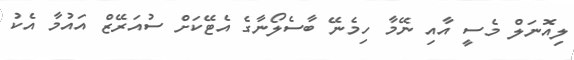
ލިއޮނަލް މެސީ އާއި ނޭމާ ހިމެނޭ ބާސެލޯނާގެ އެޓޭކަށް ސުއަރޭޒް އައުމާ އެކު